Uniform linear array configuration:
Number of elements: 32
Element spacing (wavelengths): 0.5
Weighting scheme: cosine
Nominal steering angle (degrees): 60
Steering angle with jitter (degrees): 59.913
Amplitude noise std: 0.05
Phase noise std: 0.05

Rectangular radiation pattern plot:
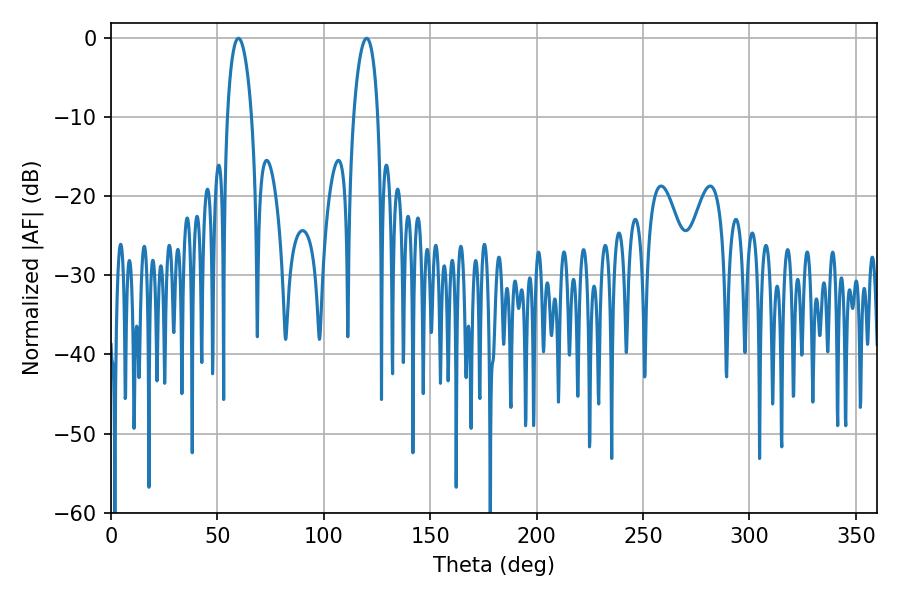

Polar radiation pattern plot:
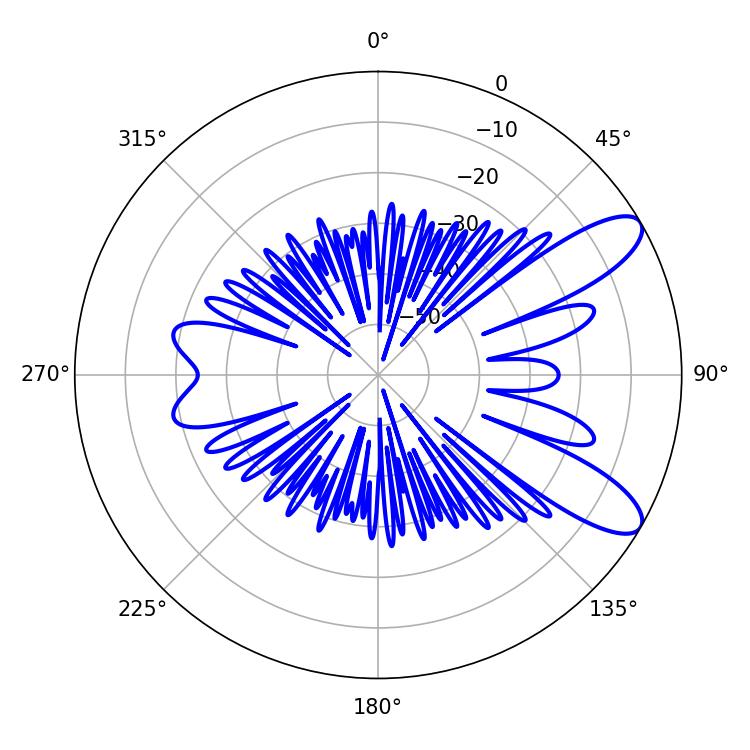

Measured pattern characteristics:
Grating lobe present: FALSE
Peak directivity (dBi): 9.786
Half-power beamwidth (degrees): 6.48
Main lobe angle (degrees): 59.94